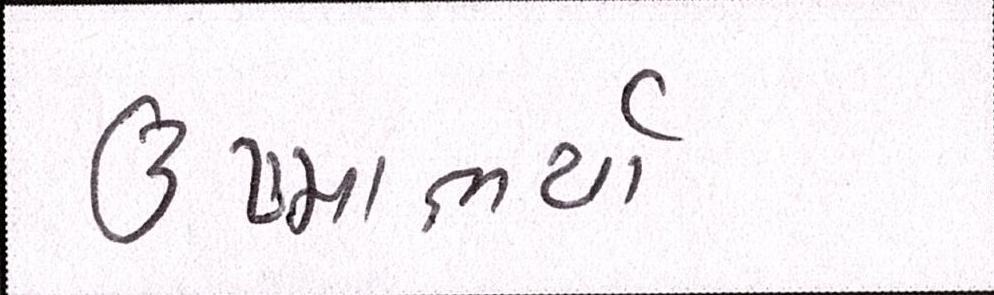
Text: ઉષ્માભર્યાં